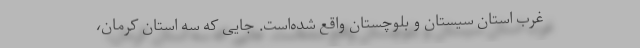
غرب استان سیستان و بلوچستان واقع شده‌است. جایی که سه استان کرمان،